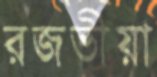
রজভীয়া